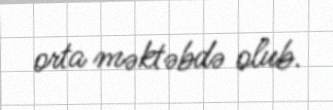
orta məktəbdə olub.